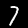
Digit: 7